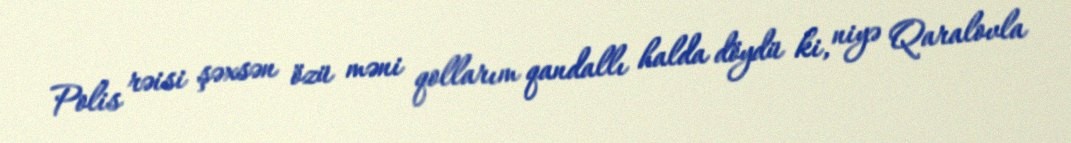
Polis rəisi şəxsən özü məni qollarım qandallı halda döydü ki, niyə Qaralovla